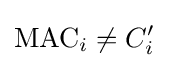
\mathrm {MAC} _{i}\not =C_{i}'